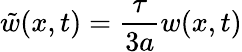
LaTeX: \tilde{w}(x,t)=\frac{\tau}{3a}w(x,t)